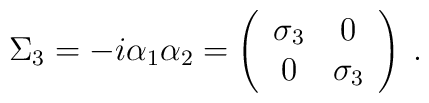
\Sigma_{3}=-i\alpha_{1}\alpha_{2}=\left(\begin{array}{cc}\sigma_{3}&0\\0&\sigma_{3}\end{array}\right)\hspace{0.1cm}.